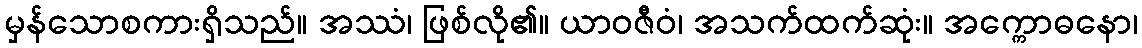
မှန်သောစကားရှိသည်။ အဿံ၊ ဖြစ်လို၏။ ယာဝဇီဝံ၊ အသက်ထက်ဆုံး။ အက္ကောဓနော၊